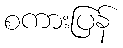
စကားပြန်